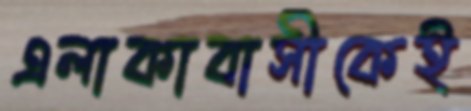
এলাকাবাসীকেই